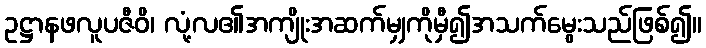
ဥဋ္ဌာနဖလူပဇီဝိ၊ လုံ့လ၏အကျိုးအဆက်မျှကိုမှီ၍အသက်မွေးသည်ဖြစ်၍။